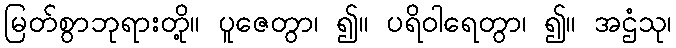
မြတ်စွာဘုရားတို့။ ပူဇေတွာ၊ ၍။ ပရိဝါရေတွာ၊ ၍။ အဌံသု၊